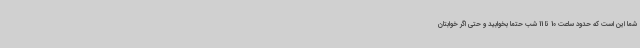
شما این است که حدود ساعت 10 تا 11 شب حتماً بخوابید و حتی اگر خوابتان